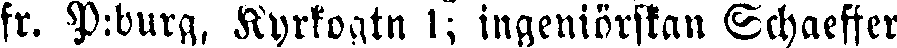
fr. P:burg, Kyrkogtn 1; ingeniörskan Schaeffer